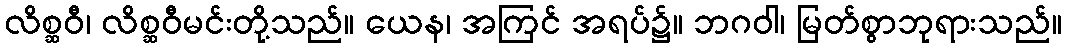
လိစ္ဆဝီ၊ လိစ္ဆဝီမင်းတို့သည်။ ယေန၊ အကြင် အရပ်၌။ ဘဂဝါ၊ မြတ်စွာဘုရားသည်။